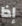
إذا